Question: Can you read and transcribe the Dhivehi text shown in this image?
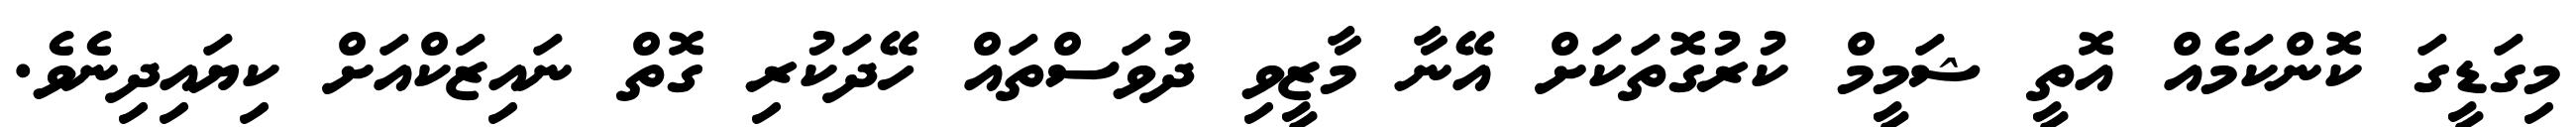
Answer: މިގަޑީގަ ކޮންކަމެއް އޮތީ ޝަމީމް ކުރުގޮތަކަށް އޭނާ މާޒީވި ދުވަސްތައް ހޭދަކުރި ގޮތް ނައިޒަކްއަށް ކިޔައިދިނެވެ.